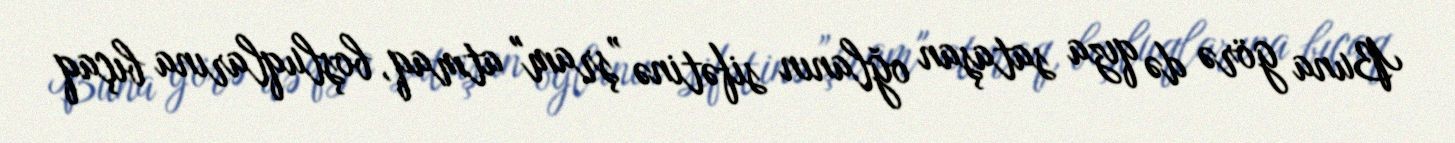
Buna görə də qıza sataşan oğlanın sifətinə ”şram" atmaq, boşluqlarına bıçaq